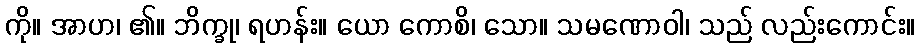
ကို။ အာဟ၊ ၏။ ဘိက္ခု၊ ရဟန်း။ ယော ကောစိ၊ သော။ သမဏောဝါ၊ သည် လည်းကောင်း။